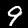
Digit: 9